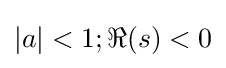
|a|<1;\Re (s)<0